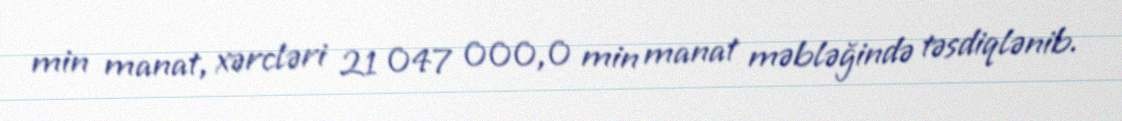
min manat, xərcləri 21 047 000,0 min manat məbləğində təsdiqlənib.